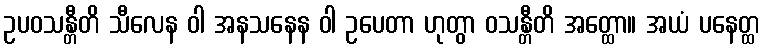
ဥပဝသန္တီတိ သီလေန ဝါ အနသနေန ဝါ ဥပေတာ ဟုတွာ ဝသန္တီတိ အတ္ထော။ အယံ ပနေတ္ထ